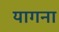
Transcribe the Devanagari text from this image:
यागना